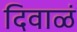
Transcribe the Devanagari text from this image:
दिवाळं